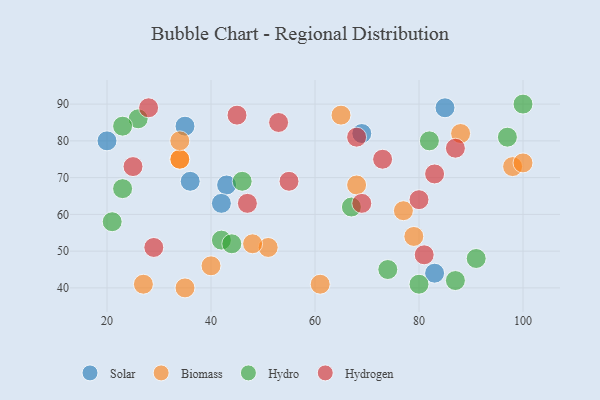
{"axis": {"x": "GDP", "y": "Life Expectancy"}, "legend": ["Biomass", "Hydro", "Hydrogen", "Solar"], "data": [{"x": "43", "y": 68, "type": "Solar"}, {"x": "69", "y": 82, "type": "Solar"}, {"x": "42", "y": 63, "type": "Solar"}, {"x": "85", "y": 89, "type": "Solar"}, {"x": "35", "y": 84, "type": "Solar"}, {"x": "20", "y": 80, "type": "Solar"}, {"x": "83", "y": 44, "type": "Solar"}, {"x": "36", "y": 69, "type": "Solar"}, {"x": "77", "y": 61, "type": "Biomass"}, {"x": "98", "y": 73, "type": "Biomass"}, {"x": "65", "y": 87, "type": "Biomass"}, {"x": "51", "y": 51, "type": "Biomass"}, {"x": "40", "y": 46, "type": "Biomass"}, {"x": "27", "y": 41, "type": "Biomass"}, {"x": "100", "y": 74, "type": "Biomass"}, {"x": "88", "y": 82, "type": "Biomass"}, {"x": "34", "y": 75, "type": "Biomass"}, {"x": "34", "y": 75, "type": "Biomass"}, {"x": "68", "y": 68, "type": "Biomass"}, {"x": "61", "y": 41, "type": "Biomass"}, {"x": "35", "y": 40, "type": "Biomass"}, {"x": "34", "y": 80, "type": "Biomass"}, {"x": "79", "y": 54, "type": "Biomass"}, {"x": "48", "y": 52, "type": "Biomass"}, {"x": "100", "y": 90, "type": "Hydro"}, {"x": "21", "y": 58, "type": "Hydro"}, {"x": "67", "y": 62, "type": "Hydro"}, {"x": "42", "y": 53, "type": "Hydro"}, {"x": "44", "y": 52, "type": "Hydro"}, {"x": "26", "y": 86, "type": "Hydro"}, {"x": "82", "y": 80, "type": "Hydro"}, {"x": "87", "y": 42, "type": "Hydro"}, {"x": "97", "y": 81, "type": "Hydro"}, {"x": "23", "y": 67, "type": "Hydro"}, {"x": "23", "y": 84, "type": "Hydro"}, {"x": "46", "y": 69, "type": "Hydro"}, {"x": "91", "y": 48, "type": "Hydro"}, {"x": "74", "y": 45, "type": "Hydro"}, {"x": "80", "y": 41, "type": "Hydro"}, {"x": "69", "y": 63, "type": "Hydrogen"}, {"x": "53", "y": 85, "type": "Hydrogen"}, {"x": "29", "y": 51, "type": "Hydrogen"}, {"x": "68", "y": 81, "type": "Hydrogen"}, {"x": "45", "y": 87, "type": "Hydrogen"}, {"x": "83", "y": 71, "type": "Hydrogen"}, {"x": "73", "y": 75, "type": "Hydrogen"}, {"x": "25", "y": 73, "type": "Hydrogen"}, {"x": "87", "y": 78, "type": "Hydrogen"}, {"x": "55", "y": 69, "type": "Hydrogen"}, {"x": "81", "y": 49, "type": "Hydrogen"}, {"x": "47", "y": 63, "type": "Hydrogen"}, {"x": "80", "y": 64, "type": "Hydrogen"}, {"x": "28", "y": 89, "type": "Hydrogen"}]}